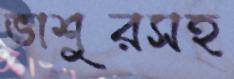
ভাশুরসহ